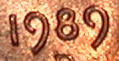
1989